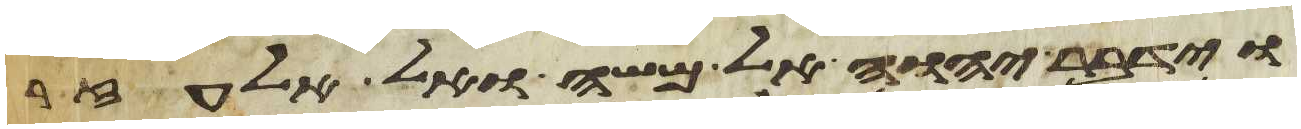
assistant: וידבר יהוה אל משה ואל אלעזר